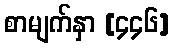
စာမျက်နှာ [၄၄၆]